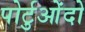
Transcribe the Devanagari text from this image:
पोर्टुओंदो